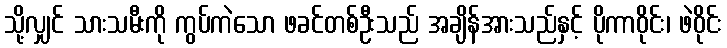
သို့လျှင် သားသမီးကို ကွပ်ကဲသော ဖခင်တစ်ဦးသည် အချိန်အားသည်နှင့် ပိုကာဝိုင်း၊ ဖဲဝိုင်း